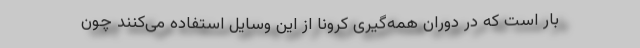
بار است که در دوران همه‌گیری کرونا از این وسایل استفاده می‌کنند چون